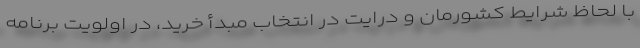
با لحاظ شرایط کشورمان و درایت در انتخاب مبدأ خرید، در اولویت برنامه